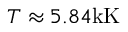
T \approx 5 . 8 4 \mathrm { k K }